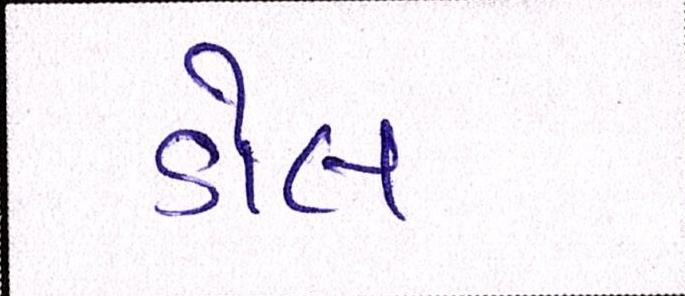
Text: ડોલ